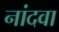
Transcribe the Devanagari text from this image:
नांदवा